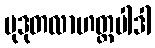
မုဒုတလာဟတ္ထပါဒါ